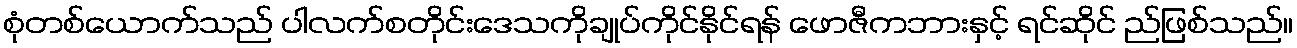
စုံတစ်ယောက်သည် ပါလက်စတိုင်းဒေသကိုချုပ်ကိုင်နိုင်ရန် ဖောဇီကဘားနှင့် ရင်ဆိုင် ည်ဖြစ်သည်။